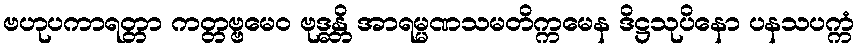
ဗဟုပကာရတ္တာ ကတ္တဗ္ဗမေဝ ဗုဒ္ဓန္တိ အာရမ္မဏသမတိက္ကမေန ဒိဋ္ဌသုပိနော ပနသပက္ကံ